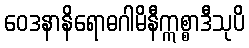
ဝေဒနာနိရောဓဂါမိနီဣစ္စာဒီသုပိ